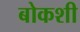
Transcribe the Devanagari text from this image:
बोकशी